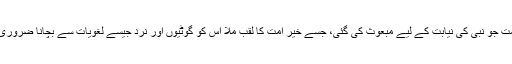
وہ امت جو نبی کی نیابت کے لیے مبعوث کی گئی، جسے خیر امت کا لقب ملا اس کو گوٹیوں اور نرد جیسے لغویات سے بچانا ضروری تھا۔